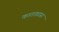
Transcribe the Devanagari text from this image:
कातड्यास